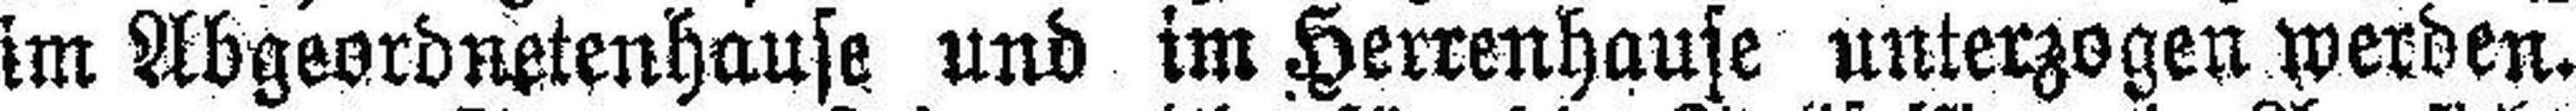
im Abgeordnetenhause und im Herrenhause unterzogen werden.